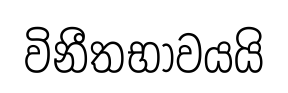
විනීතභාවයයි